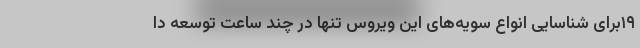
۱۹برای شناسایی انواع سویه‌های این ویروس تنها در چند ساعت توسعه دا